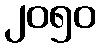
၂၀၅၀